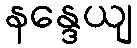
နန္ဒေယျ